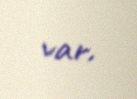
var.